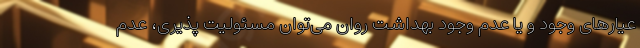
عیارهای وجود و یا عدم وجود بهداشت روان می‌توان مسئولیت پذیری، عدم